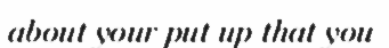
about your put up that you